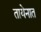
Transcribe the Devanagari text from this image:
तायेनात